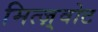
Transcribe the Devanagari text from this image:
मित्ज़्वोट